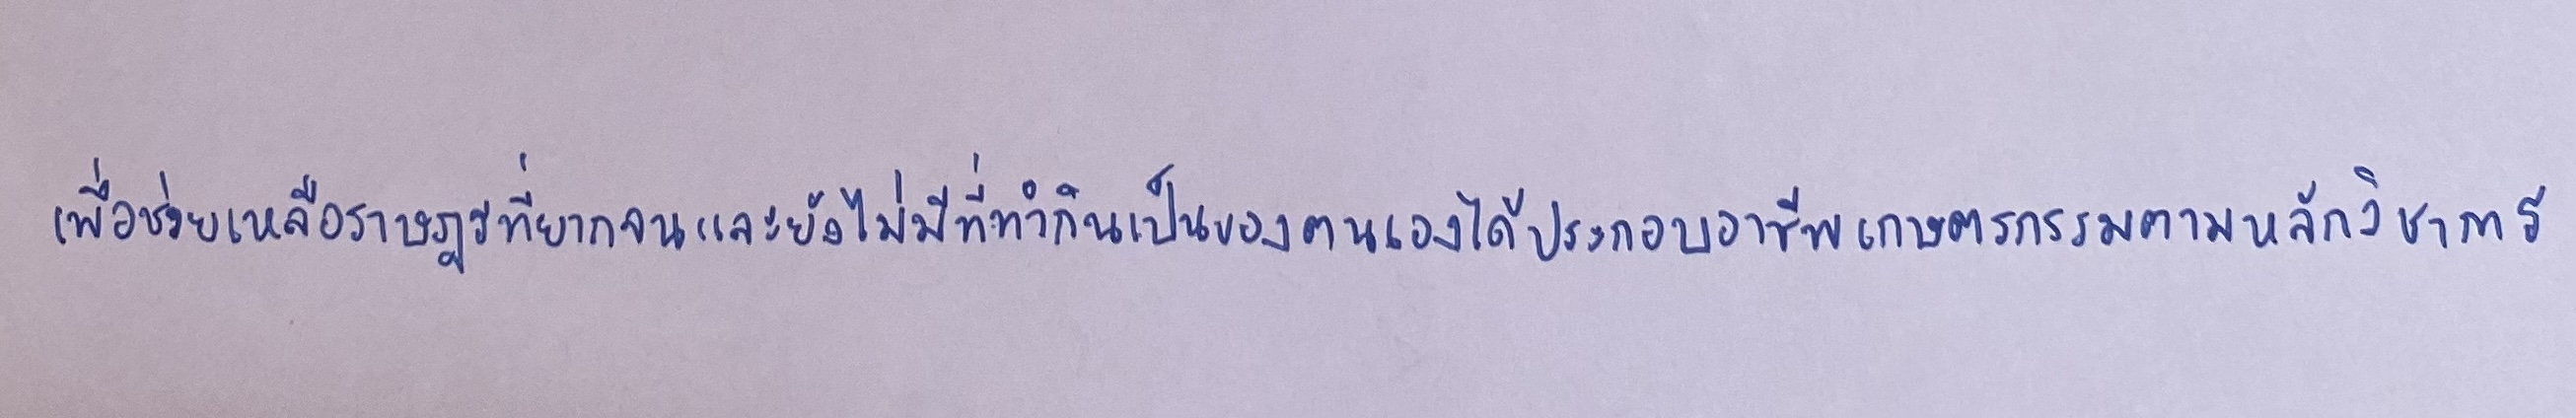
เพื่อช่วยเหลือราษฎรที่ยากจนและยังไม่มีที่ทำกินเป็นของตนเองได้ประกอบอาชีพเกษตรกรรมตามหลักวิชาการ